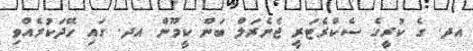
އދ. ގެ ކުރީގެ ސެކްރެޓަރީ ޖެނެރަލް ބަން ކީމޫން އދ. ގައި ހޭދަކުރެއްވި